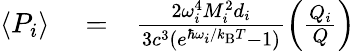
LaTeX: \begin{array}{rlr}{\langle P_{i}\rangle}&{{}=}&{\frac{2\omega_{i}^{4}M_{i}^{2}d_{i}}{3c^{3}(e^{\hbar\omega_{i}/k_{\mathrm{B}}T}-1)}\left(\frac{Q_{i}}{Q}\right)}\end{array}